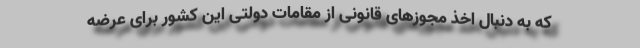
که به دنبال اخذ مجوزهای قانونی از مقامات دولتی این کشور برای عرضه